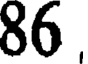
86